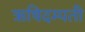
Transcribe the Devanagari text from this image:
ऋषिदम्पती